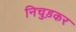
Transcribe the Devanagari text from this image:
निचुड़कर